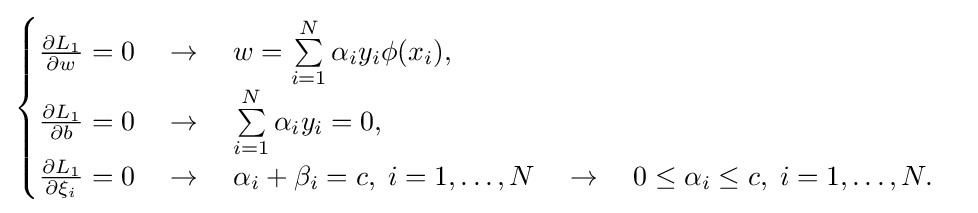
{\begin{cases}{\frac {\partial L_{1}}{\partial w}}=0\quad \to \quad w=\sum \limits _{i=1}^{N}\alpha _{i}y_{i}\phi (x_{i}),\\{\frac {\partial L_{1}}{\partial b}}=0\quad \to \quad \sum \limits _{i=1}^{N}\alpha _{i}y_{i}=0,\\{\frac {\partial L_{1}}{\partial \xi _{i}}}=0\quad \to \quad \alpha _{i}+\beta _{i}=c,\;i=1,\ldots ,N\quad \to \quad 0\leq \alpha _{i}\leq c,\;i=1,\ldots ,N.\end{cases}}